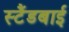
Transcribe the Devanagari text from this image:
स्‍टैंडबाई